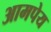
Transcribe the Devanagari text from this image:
आमपेय